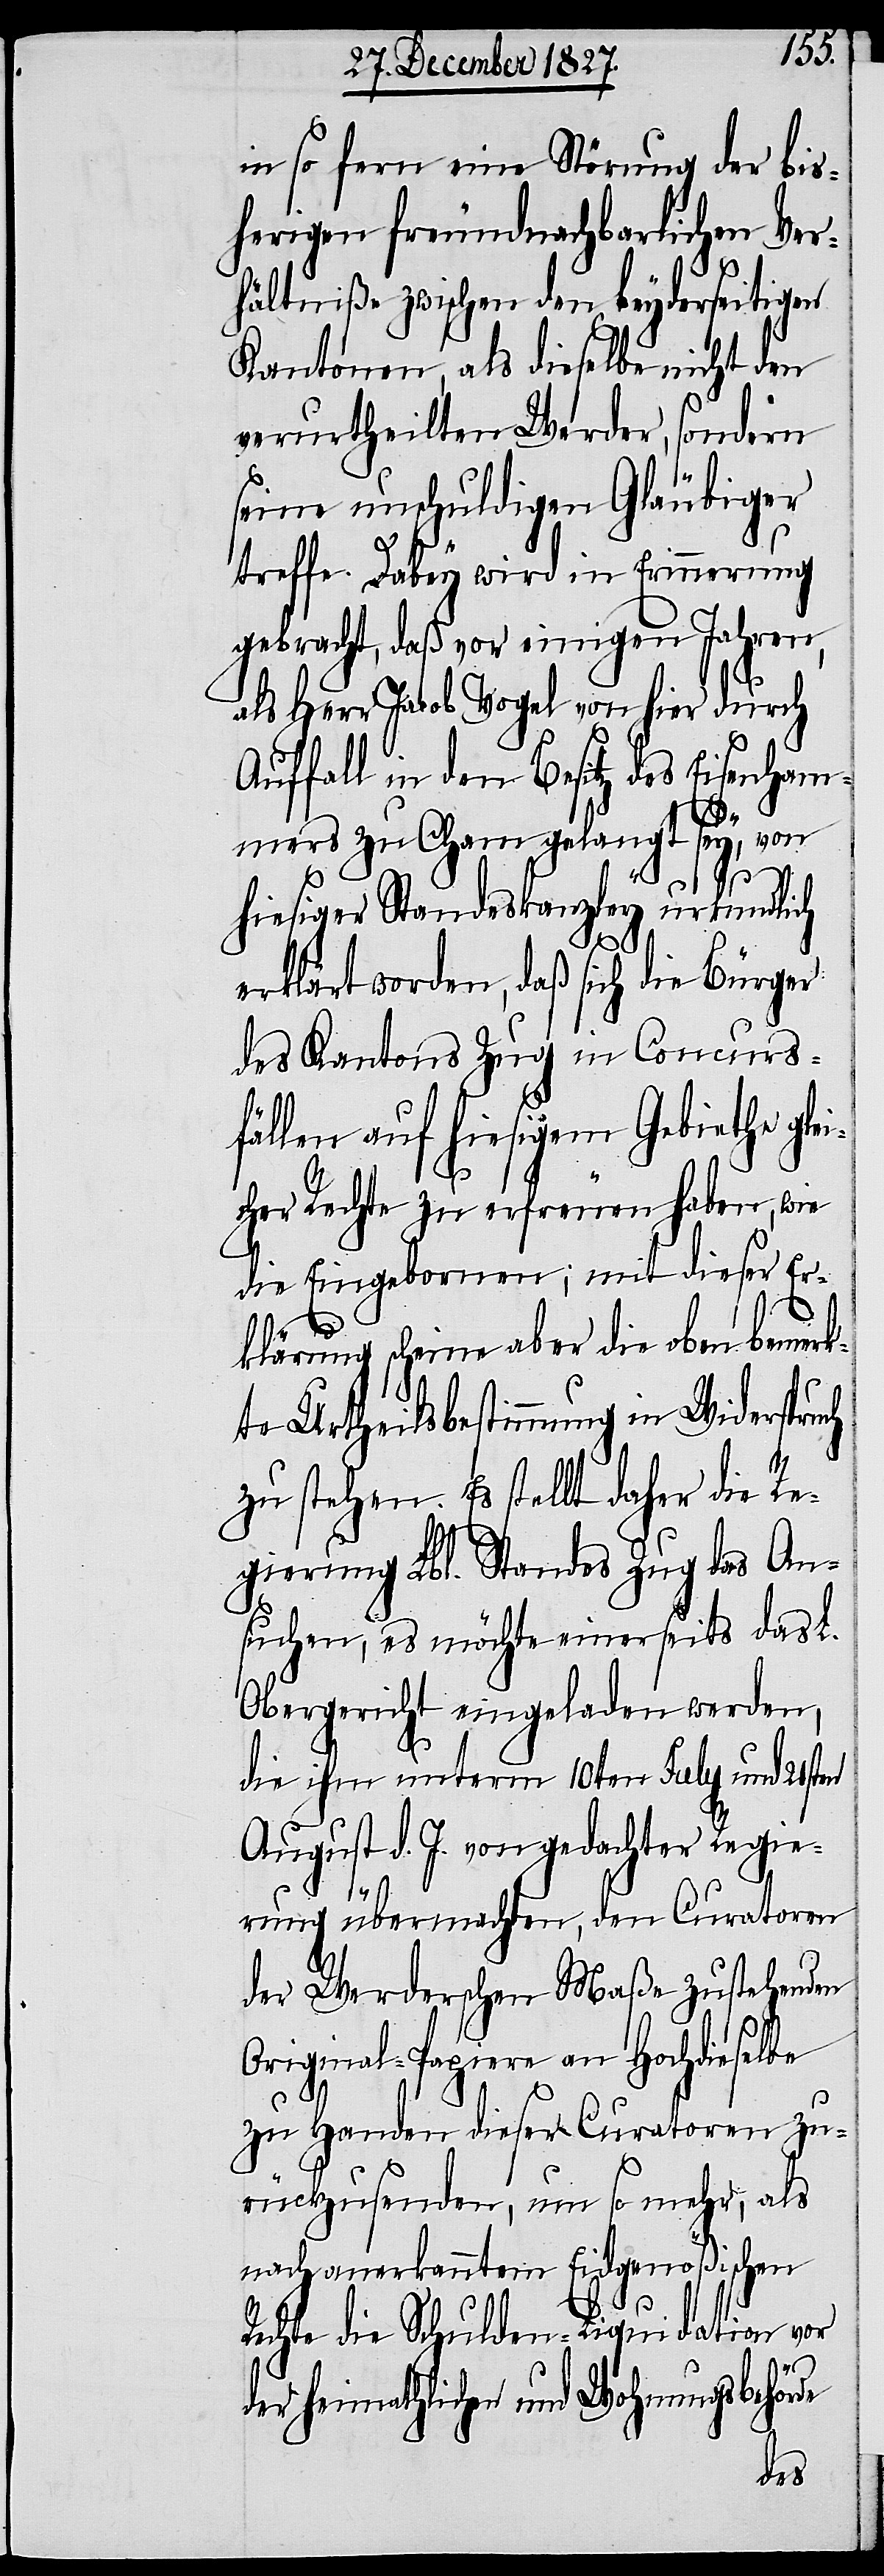
in so fern eine Störung der bis¬
herigen freundnachbarlichen Ver¬
hältniße zwischen den beyderseitigen
Kantonen, als dieselbe nicht den
verurtheilten Werder, sondern
seine unschuldigen Gläubiger
treffe. Dabey wird in Erinnerung
gebracht, daß vor einigen Jahren,
als Herr Jacob Vogel von hier durch
Auffall in den Besitz des Eisenham¬
mers zu Cham gelangt sey, von
hiesiger Standeskanzley urkundlich
erklärt worden, daß sich die Bürger
des Kantons Zug in Concurs¬
fällen auf hiesigem Gebiethe gle¬
icher Rechte zu erfreuen haben, wie
die Eingebornen; mit dieser Er¬
klärung scheine aber die oben bemerk¬
te Urtheilsbestimmung in Widerspruch
zu stehen. Es stellt daher die Re¬
gierung Lbl. Standes Zug das An¬
suchen, es möchte einerseits das L.
Obergericht eingeladen werden,
die ihm unterm 10ten July und 21sten
August d. J. von gedachter Regie¬
rung übermachten, den Curatoren
der Werderschen Maße zustehenden
Original-Papiere an Hochdieselbe
zu Handen dieser Curatoren zu¬
rückzusenden, um so mehr, als
nach anerkanntem Eidgenößischen
Rechte die Schulden-Liquidation vor
der heimathlichen und Wohnungsbehörde